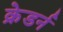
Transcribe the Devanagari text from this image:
क्रेडर्न